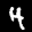
Label: 4